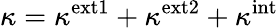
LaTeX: \kappa=\kappa^{\mathrm{ext1}}+\kappa^{\mathrm{ext2}}+\kappa^{\mathrm{int}}